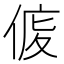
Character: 𠊒